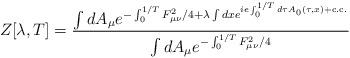
LaTeX: \begin{align*}Z[\lambda,T]=\frac{ \int dA_\mu e^{-\int_0^{1/T}F_{\mu\nu}^2/4+\lambda\int dx e^{ie\int_0^{1/T}d\tau A_0(\tau,x) + {\rm c.c.} } } }{ \int dA_\mu e^{-\int_0^{1/T}F_{\mu\nu}^2/4} }\end{align*}